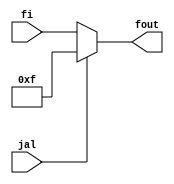
module f(
    input jal,
    input[4:0]fi,
    output reg[4:0] fout
    );
    
    always @(*) begin
        if (jal == 1) begin
            fout <= 5'b1111;
        end
        else begin
            fout <= fi;
        end
    end
    
endmodule